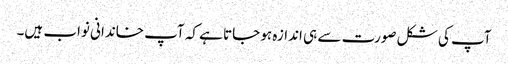
آپ کی شکل صورت سے ہی اندازہ ہو جاتا ہے کہ آپ خاندانی نواب ہیں۔